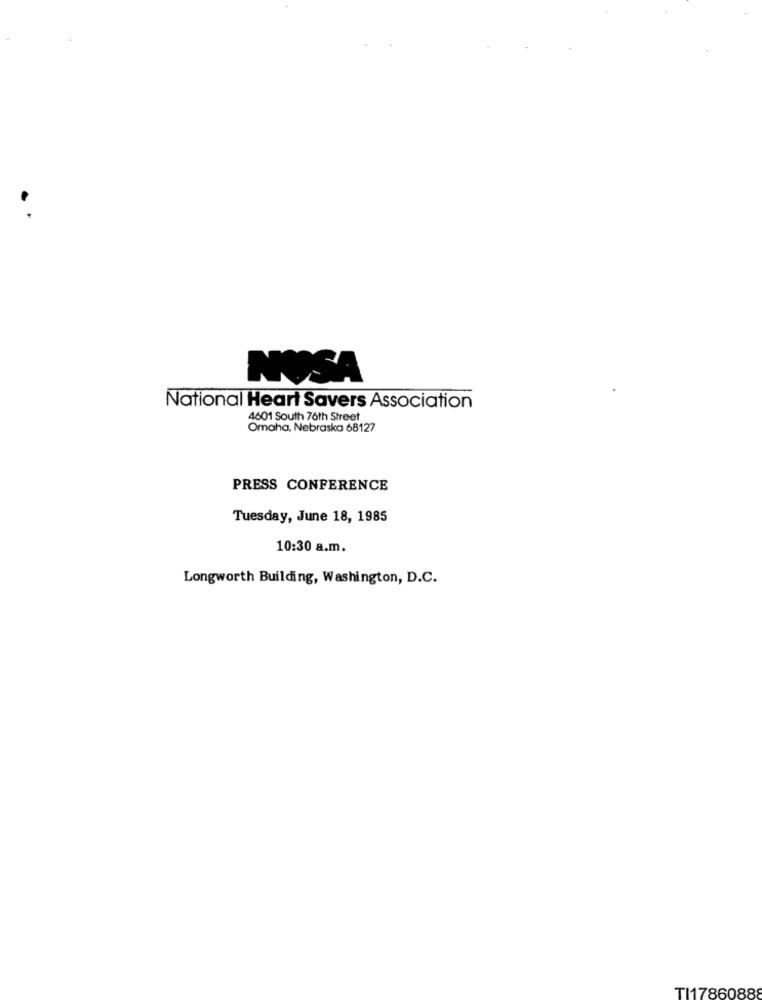
NOSA
National Heart Savers Association
4601 South 76th Street
Omaha, Nebraska 68127
PRESS CONFERENCE
Tuesday, June 18, 1985
10:30 a.m.
Longworth Building, Washington, D.C.
TI17860888